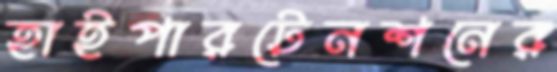
হাইপারটেনশনের